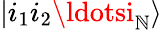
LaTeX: |i_{1}i_{2}\ldotsi_{\mathbb{N}}\rangle